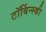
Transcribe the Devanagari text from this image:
टॉर्बिन्स्की